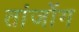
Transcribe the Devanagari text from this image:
तांजोंग